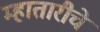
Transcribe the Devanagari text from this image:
म्हातारीचे